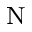
_ \mathrm { N }